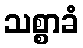
သစ္စာခံ